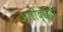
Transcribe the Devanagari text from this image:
अतींद्य्राि